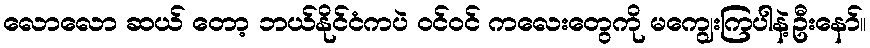
လောလော ဆယ် တော့ ဘယ်နိုင်ငံကပဲ ဝင်ဝင် ကလေးတွေကို မကျွေးကြပါနဲ့ဦးနော်။